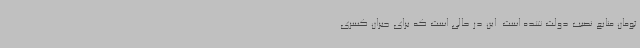
تومان منابع نصیب دولت شده است. این در حالی است که برای جبران کسری